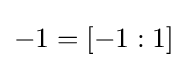
-1=[-1:1]